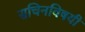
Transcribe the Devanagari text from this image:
सचिनविषयी